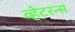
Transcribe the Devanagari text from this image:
व्हेटरन्स